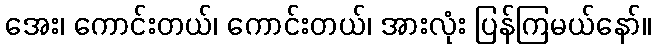
အေး၊ ကောင်းတယ်၊ ကောင်းတယ်၊ အားလုံး ပြန်ကြမယ်နော်။